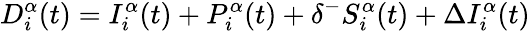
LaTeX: D_{i}^{\alpha}(t)=I_{i}^{\alpha}(t)+P_{i}^{\alpha}(t)+\delta^{-}S_{i}^{\alpha}(t)+\Delta I_{i}^{\alpha}(t)